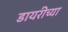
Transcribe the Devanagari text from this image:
डायरीच्या